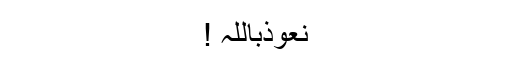
نعوذباللہ !